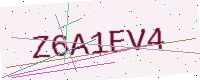
Text: Z6A1EV4